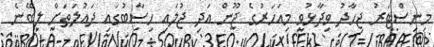
މިނިސްޓަރު ޖިހާދު ވިދާޅުވީ މިއަހަރުގެ ޖޫން އަދި ޖުލައި ހިސާބުގައި ދައުލަތަށް ލިބޭނެ